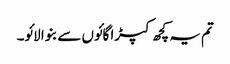
تم یہ کچھ کپڑا گائوں سے بنوا لائو۔